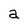
Character: a